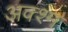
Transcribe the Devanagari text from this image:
अक्श्म